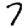
Digit: 7